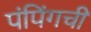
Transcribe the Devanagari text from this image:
पंपिंगची